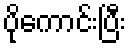
ပိုကောင်းပြီး